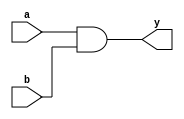
module submodule1(a,b,y);
input a,b;
output y;
assign y=a&b;
endmodule

module submodule2(a,b,y);
input a,b;
output y;
assign y=a|b;
endmodule

module multiple_modules(a,b,c,y);
input a,b,c;
output y;
wire mid;
submodule1 sub_and(a,b,mid);
submodule2 sub_or(mid,c,y);
endmodule